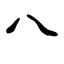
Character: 八